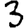
Digit: 3